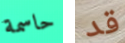
حاسمة قد